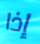
إذا